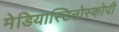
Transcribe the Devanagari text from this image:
मेडियास्टिनोस्कोपी